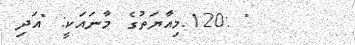
" :120.މިއާޔަތުގެ މާނައަކީ: "އަދި